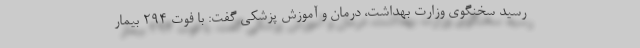
رسید سخنگوی وزارت بهداشت، درمان و آموزش پزشکی گفت: با فوت ۲۹۴ بیمار